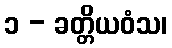
၁ - ခတ္တိယဝံသ၊